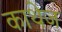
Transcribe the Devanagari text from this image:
काथेज